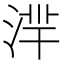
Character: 𣶿